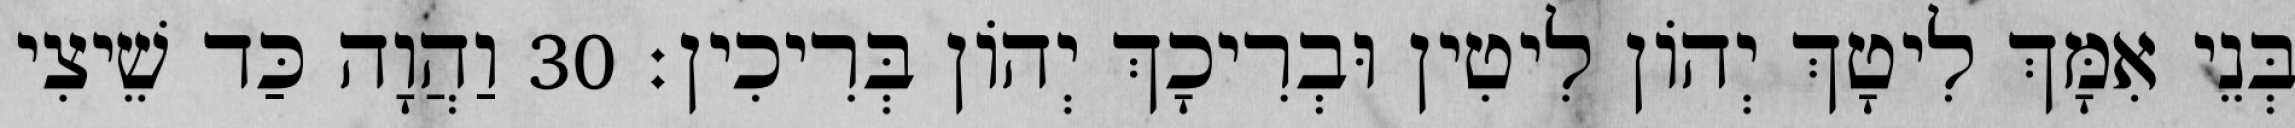
בְּנֵי אִמָּךְ לִיטָךְ יְהוֹן לִיטִין וּבְרִיכָךְ יְהוֹן בְּרִיכִין׃ 30 וַהֲוָה כַּד שֵׁיצִי